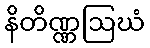
နိတိဏ္ဏဩဃံ